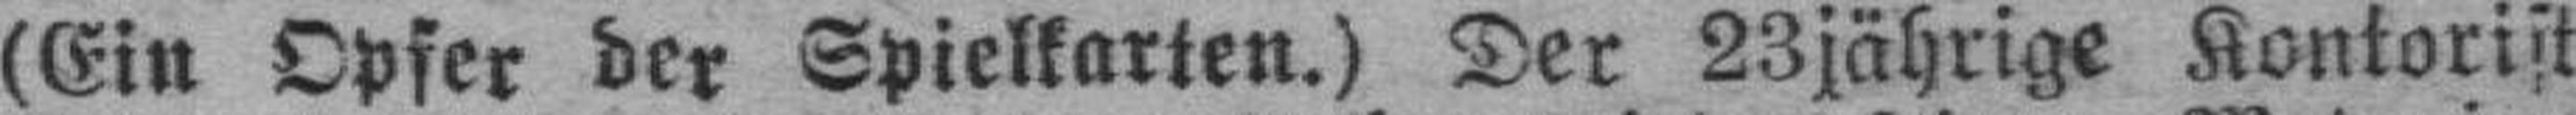
(Ein Opfer der Spielkarten.) Der 23jährige Kontorist